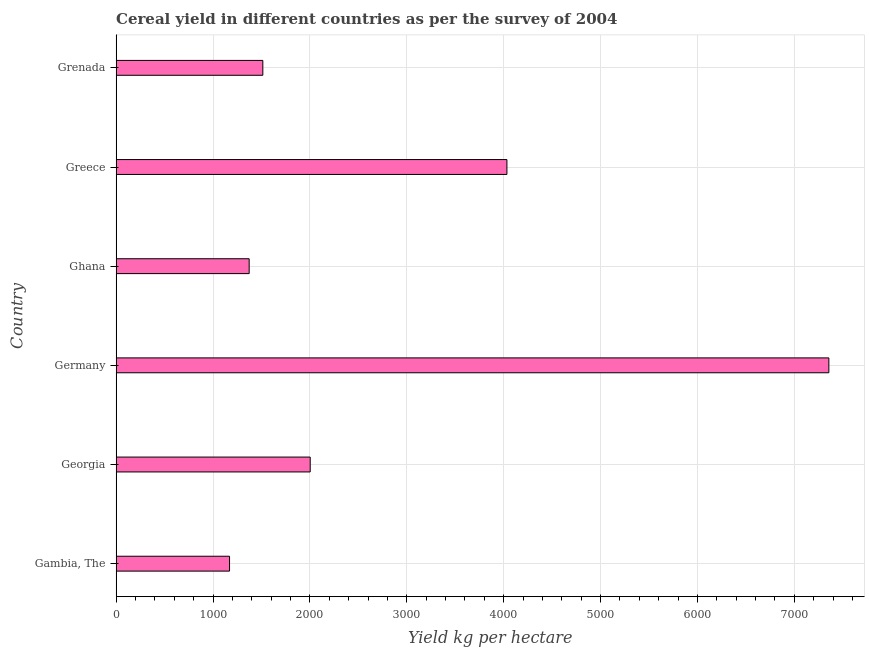
| Country | Cereal yield |
 | --- | --- |
 | Gambia, The | 1.17e+03 |
 | Georgia | 2e+03 |
 | Germany | 7.36e+03 |
 | Ghana | 1.37e+03 |
 | Greece | 4.03e+03 |
 | Grenada | 1.51e+03 |